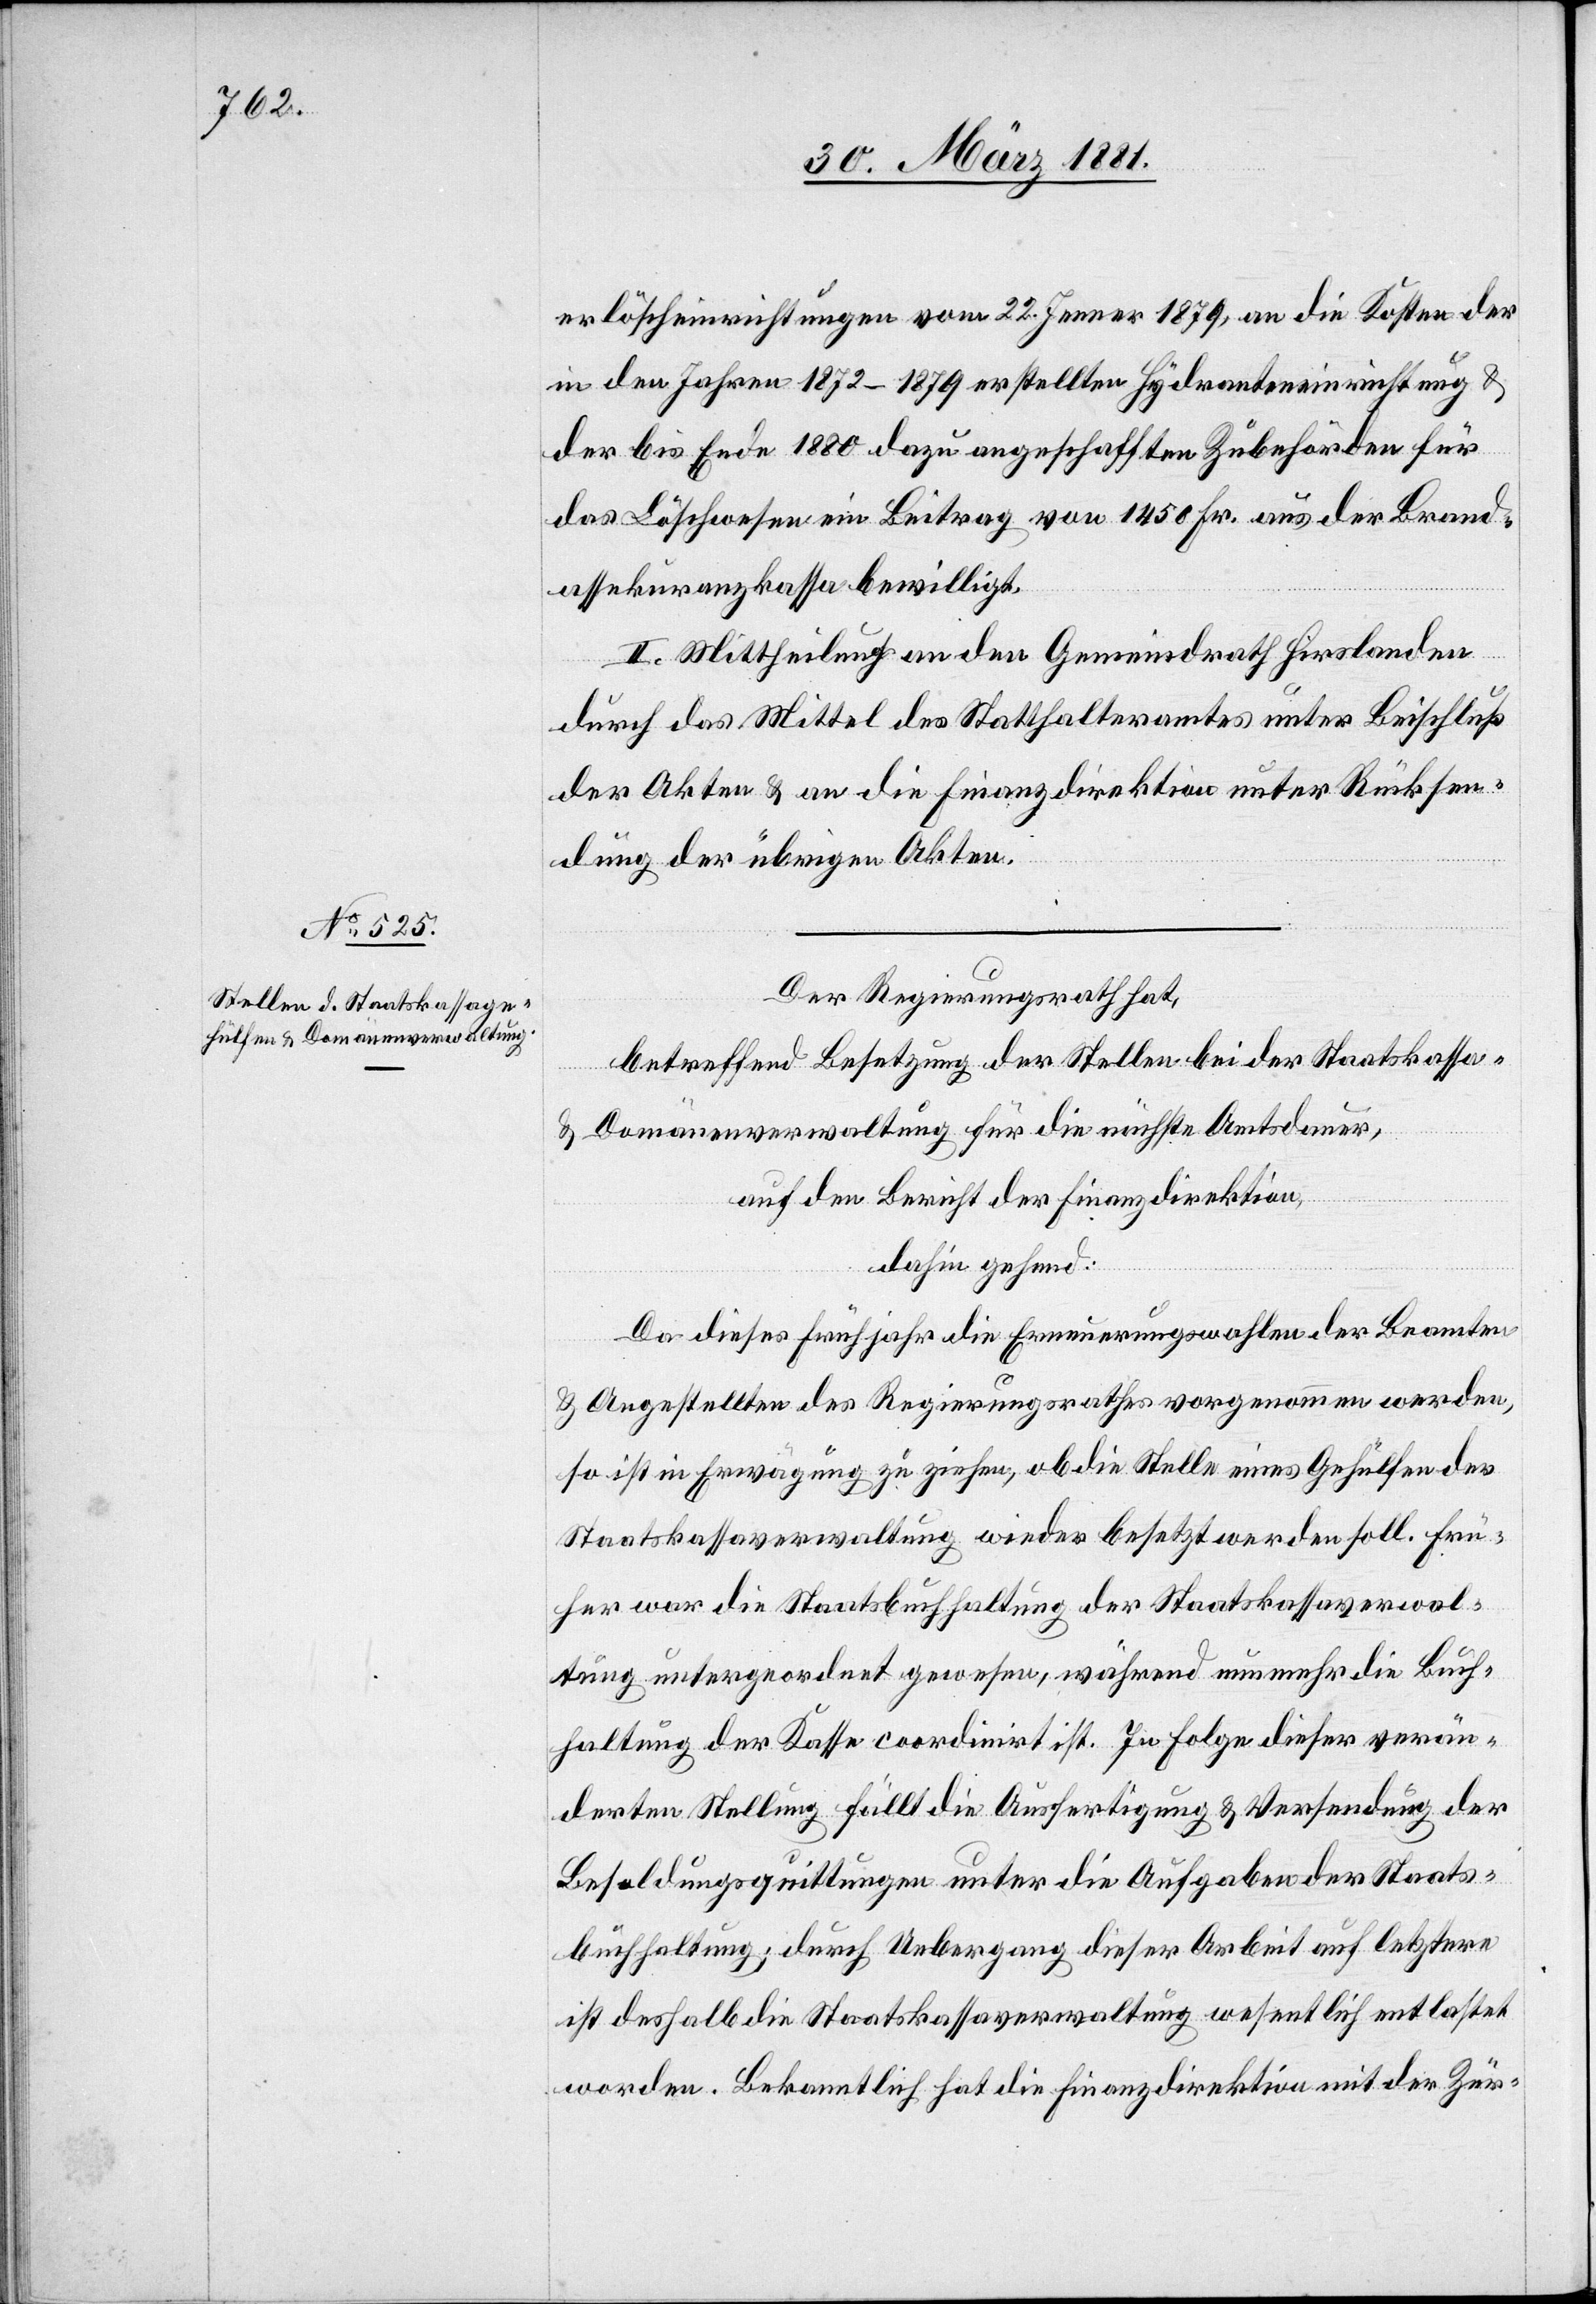
erlöscheinrichtungen vom 22. Jenner 1879, an die Kosten der
in den Jahren 1872–1879 erstellten Hydranteneinrichtung &
der bis Ende 1880 dazu angeschafften Zubehörden für
das Löschwesen ein Beitrag von 1450 Fr. aus der Brand¬
assekuranzkassa bewilligt.
II. Mittheilung an den Gemeindrath Hirslanden
durch das Mittel des Statthalteramtes unter Beischluß
der Akten & an die Finanzdirektion unter Rücksen¬
dung der übrigen Akten.
Der Regierungsrath hat,
betreffend Besetzung der Stellen bei der Staatskassa-
& Domänenverwaltung für die nächste Amtsdauer,
auf den Bericht der Finanzdirektion,
dahin gehend:
Da dieses Frühjahr die Erneuerungswahlen der Beamten
& Angestellten des Regierungsrathes vorgenommen werden,
so ist in Erwägung zu ziehen, ob die Stelle eines Gehülfen der
Staatskassaverwaltung wieder besetzt werden soll. Frü¬
her war die Staatsbuchhaltung der Staatskassaverwal¬
tung untergeordnet gewesen, während nunmehr die Buch¬
haltung der Kasse coordinirt ist. In Folge dieser verän¬
derten Stellung fällt die Ausfertigung & Versendung der
Besoldungsquittungen unter die Aufgaben der Staats¬
buchhaltung; durch Uebergang dieser Arbeit auf letztere
ist deshalb die Staatskassaverwaltung wesentlich entlastet
worden. Bekanntlich hat die Finanzdirektion mit der Zür-